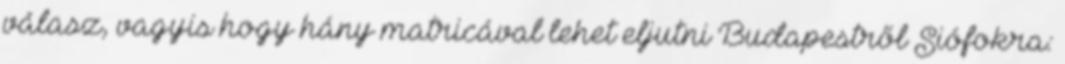
válasz, vagyis hogy hány matricával lehet eljutni Budapestről Siófokra: